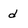
Character: d